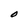
Character: O